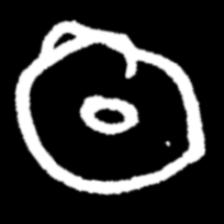
Pyu character \u2014 Myanmar letter: ထ (romanized: tha)